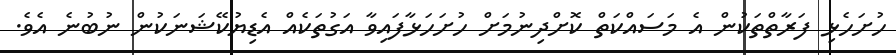
ހުށަހެޅި ފަރާތްތަކުން އެ މަސައްކަތް ކޮށްދިނުމަށް ހުށަހަޅާފައިވާ އަގުތަކެއް އެޑިޔުކޭޝަނަކުން ނުބުނެ އެވެ.